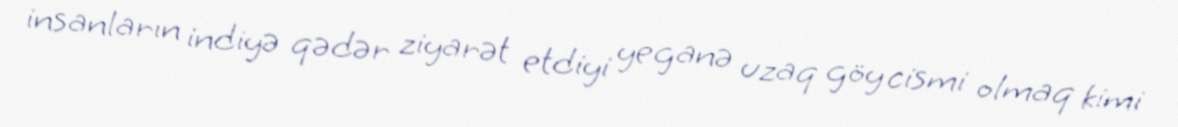
insanların indiyə qədər ziyarət etdiyi yeganə uzaq göy cismi olmaq kimi